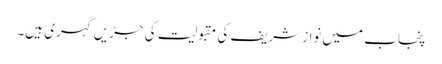
پنجاب میں نواز شریف کی مقبولیت کی جڑیں گہری ہیں۔